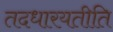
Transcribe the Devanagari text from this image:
तदधारयतीति